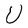
Character: U